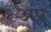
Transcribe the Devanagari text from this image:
अप्रे